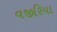
વજીરિયા